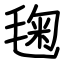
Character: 毱